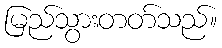
မြည်သွားတတ်သည်။